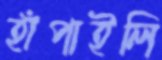
হাঁপাইলি